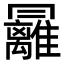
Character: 㒿